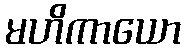
မဟိကာယော